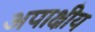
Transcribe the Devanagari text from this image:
अपाक्षीय